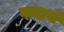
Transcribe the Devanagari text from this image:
वादाचें